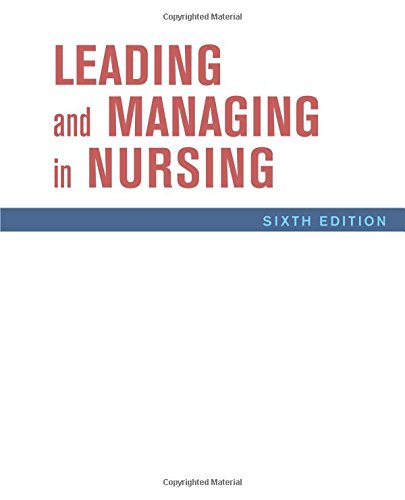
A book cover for Leading and Managing in Nursing, 6e; Patricia S. Yoder-Wise RN  EdD  NEA-BC  ANEF  FAAN; Medical Books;